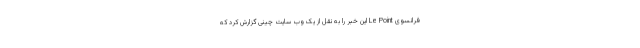
فرانسوی Le Point این خبر را به نقل از یک وب سایت چینی گزارش کرد که